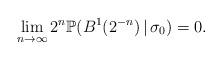
LaTeX: \begin{align*}\lim_{n\to\infty}2^{n}\mathbb{P}(B^{1}(2^{-n})\,|\,\sigma_{0})=0.\end{align*}